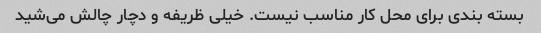
بسته بندی برای محل کار مناسب نیست. خیلی ظریفه و دچار چالش می‌شید